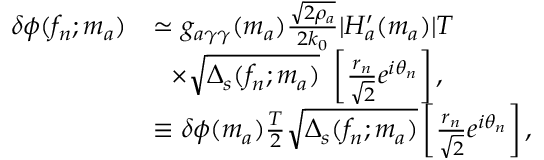
\begin{array} { r l } { \delta \phi ( f _ { n } ; m _ { a } ) } & { \simeq g _ { a \gamma \gamma } ( m _ { a } ) \frac { \sqrt { 2 \rho _ { a } } } { 2 k _ { 0 } } | H _ { a } ^ { \prime } ( m _ { a } ) | T } \\ & { ~ ~ \times \sqrt { \Delta _ { s } ( f _ { n } ; m _ { a } ) } ~ \left[ \frac { r _ { n } } { { \sqrt { 2 } } } e ^ { i \theta _ { n } } \right] , } \\ & { \equiv \delta \phi ( m _ { a } ) \frac { T } { 2 } \sqrt { \Delta _ { s } ( f _ { n } ; m _ { a } ) } \left[ \frac { r _ { n } } { { \sqrt { 2 } } } e ^ { i \theta _ { n } } \right] , } \end{array}